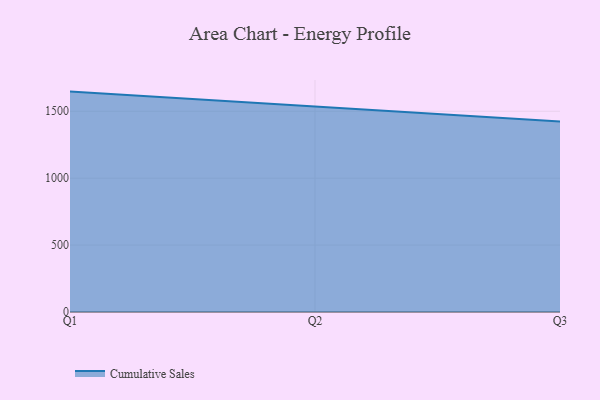
{"axis": {"x": "Quarter", "y": "Demand Index"}, "legend": ["Cumulative Sales"], "data": [{"x": "Q1", "y": 1647.1, "type": "Cumulative Sales"}, {"x": "Q2", "y": 1535.7, "type": "Cumulative Sales"}, {"x": "Q3", "y": 1424.2, "type": "Cumulative Sales"}]}